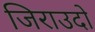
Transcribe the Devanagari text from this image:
जिराउदो